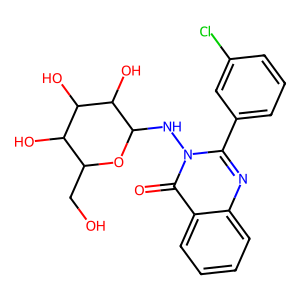
SMILES: O=c1c2ccccc2nc(-c2cccc(Cl)c2)n1NC1OC(CO)C(O)C(O)C1O
Inhibits HIV replication: No